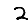
Digit: 2